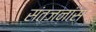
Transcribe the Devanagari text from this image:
संतजनांस